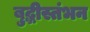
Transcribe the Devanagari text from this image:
बुद्धीस्तंभन